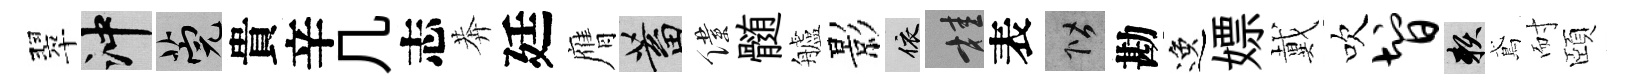
翠冲筦貴辛几志莾廷膺蓄僕髄艫影依桂表階勘逸嫖戴吹智賴鳶耐頤